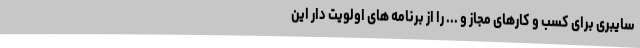
سایبری برای کسب و کارهای مجاز و ... را از برنامه های اولویت دار این